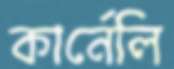
কার্নেলি